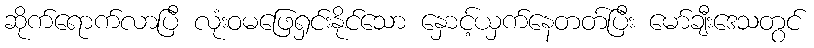
ဆိုက်ရောက်လာပြီ လုံးဝမဖြေရှင်းနိုင်သော နှောင့်ယှက်နေတတ်ပြီး မော်ချီးဒေသတွင်